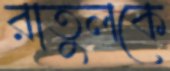
রাতুলকে